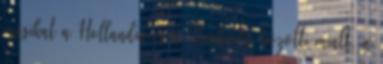
másikat a Hollandia és a Starbucks közötti miatt, a